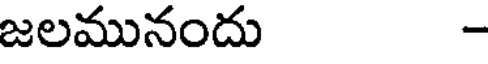
జలమునందు -